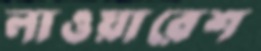
লাওয়ারেশ